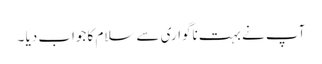
آپ نے بہت ناگواری سے سلام کا جواب دیا ۔